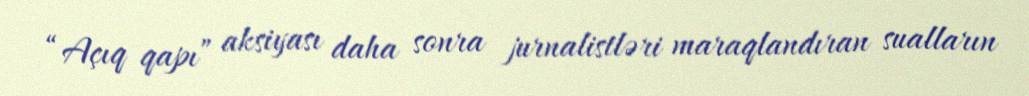
“Açıq qapı” aksiyası daha sonra jurnalistləri maraqlandıran sualların